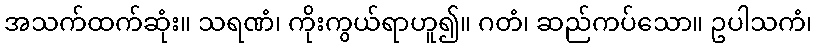
အသက်ထက်ဆုံး။ သရဏံ၊ ကိုးကွယ်ရာဟူ၍။ ဂတံ၊ ဆည်ကပ်သော။ ဥပါသကံ၊